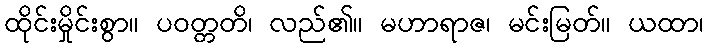
ထိုင်းမှိုင်းစွာ။ ပဝတ္တတိ၊ လည်၏။ မဟာရာဇ၊ မင်းမြတ်။ ယထာ၊